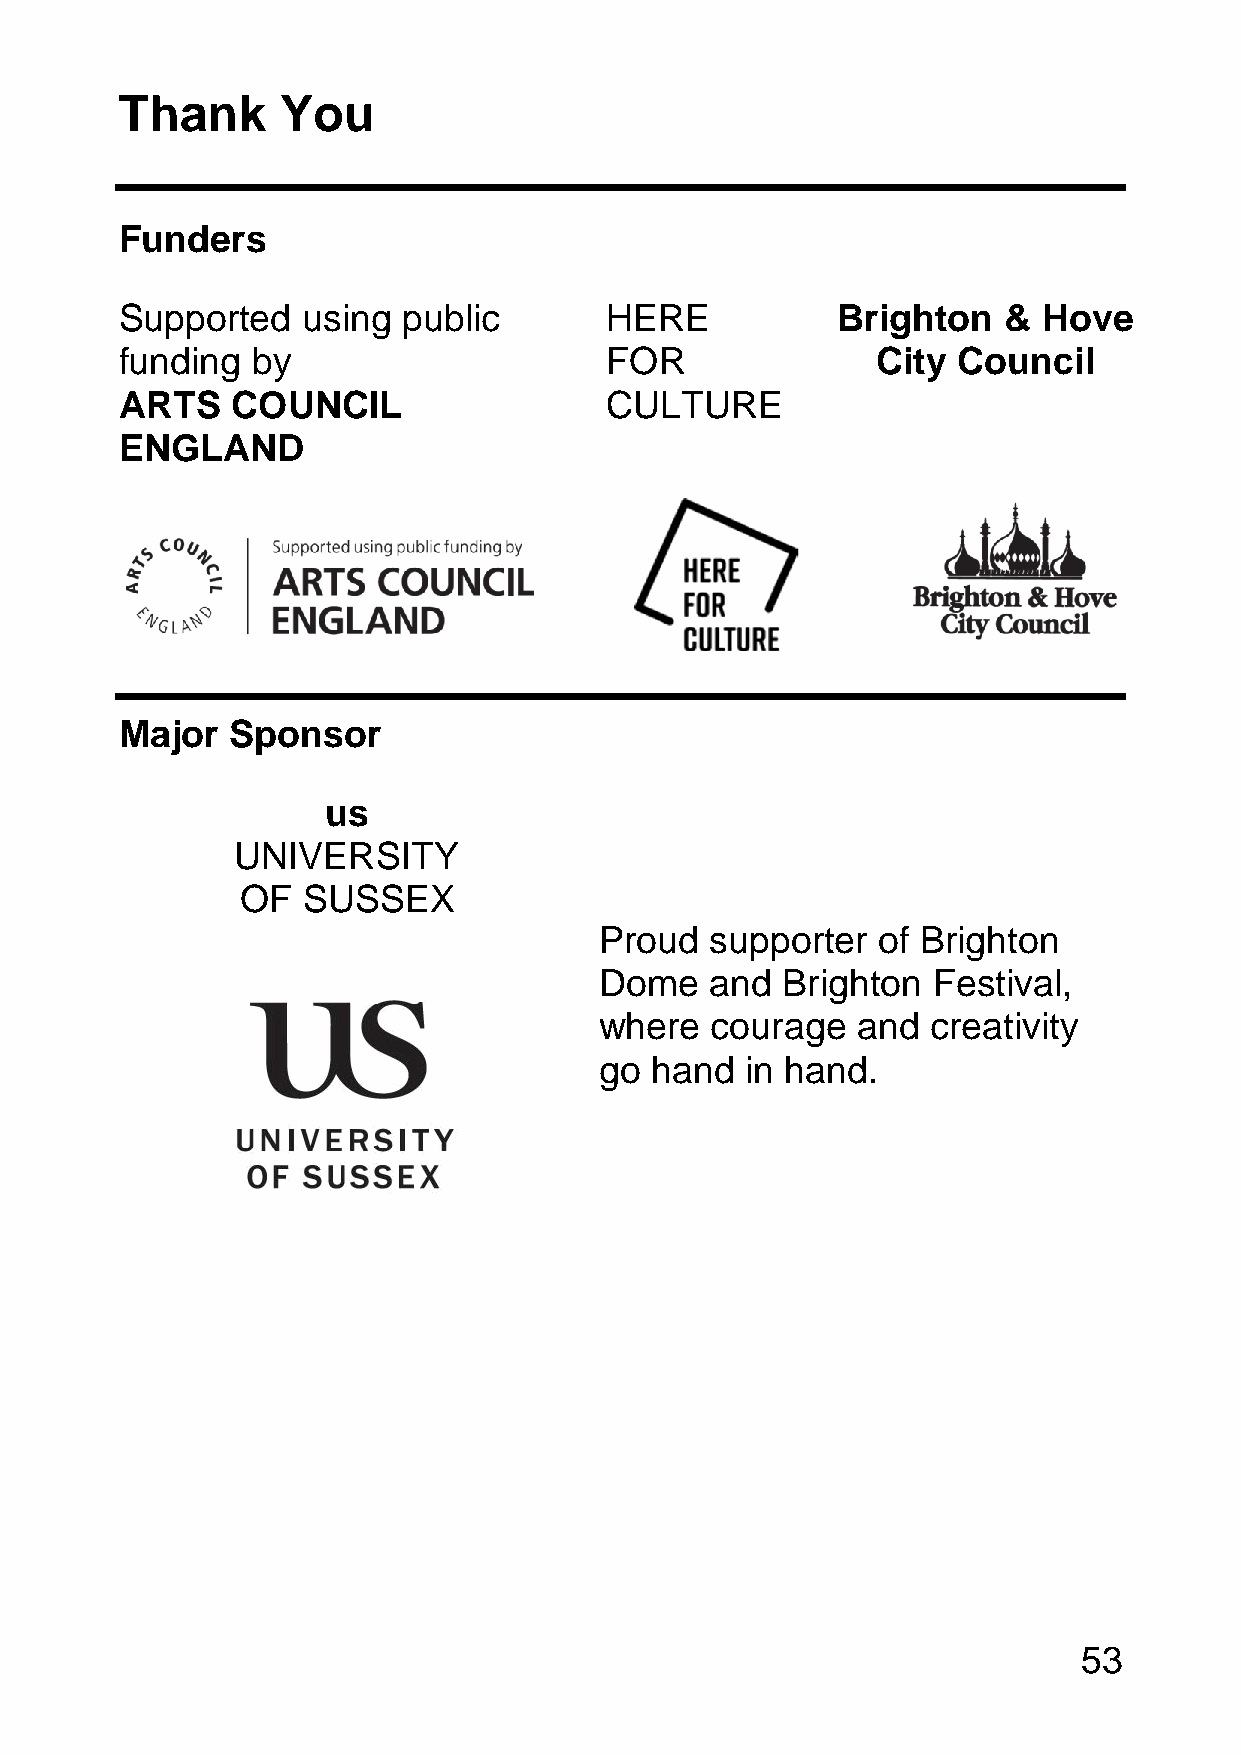
Thank      You
 Funders
 Supported   using  public       HERE           Brighton   &  Hove
 funding  by                     FOR               City Council
 ARTS   COUNCIL                  CULTURE
 ENGLAND
 Major  Sponsor
 us
 UNIVERSITY
 OF  SUSSEX
 Proud  supporter  of Brighton
 Dome   and  Brighton  Festival,
 where  courage   and  creativity
 go hand  in hand.
 53